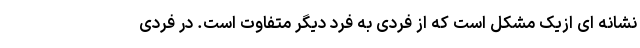
نشانه ای ازیک مشکل است که از فردی به فرد دیگر متفاوت است. در فردی